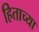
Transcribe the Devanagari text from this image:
हिताच्‍या